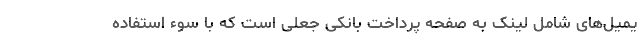
یمیل‌های شامل لینک به صفحه پرداخت بانکی جعلی است که با سوء استفاده